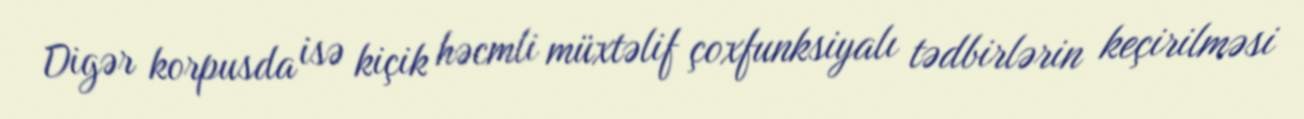
Digər korpusda isə kiçik həcmli müxtəlif çoxfunksiyalı tədbirlərin keçirilməsi